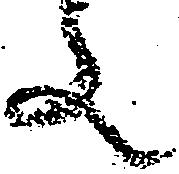
文